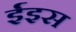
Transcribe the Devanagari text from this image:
ईइस